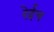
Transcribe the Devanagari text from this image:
रेईच